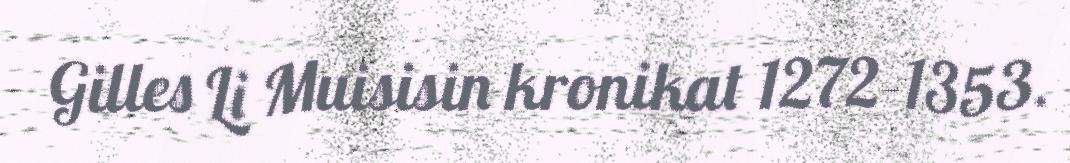
Gilles Li Muisisin kronikat 1272–1353.